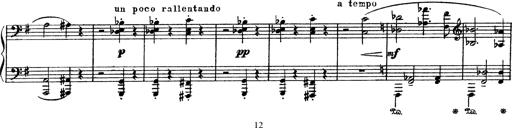
Title: AnnÃ©es de PÃ¨lerinage III
Composer: Franz Liszt